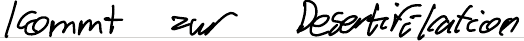
kommt zur Desertifikation